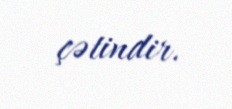
çətindir.